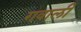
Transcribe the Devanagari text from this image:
गवाली